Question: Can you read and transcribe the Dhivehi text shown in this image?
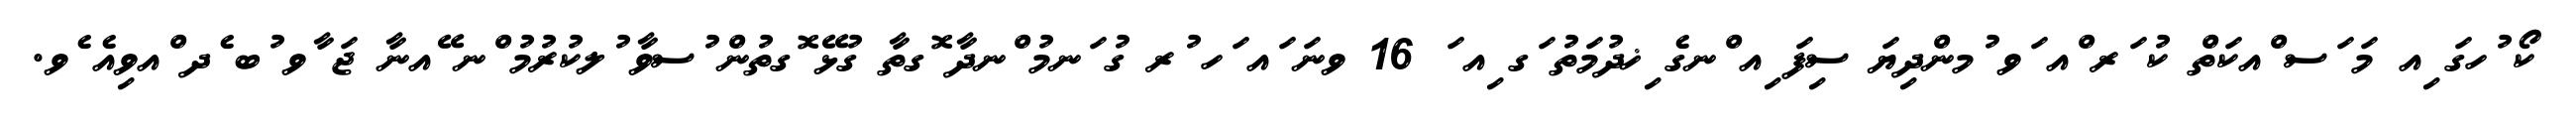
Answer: ކޯ ުހގަ ިއ މަ ަސ ްއކަތް ކު ަރ ްއ ަވ ުމންދިޔަ ސިފަ ިއ ްނގެ ިޚދުމަތު ަގ ިއ ަ 16 ވނަ ައ ަހ ުރ ގު ަނމު ްނދާ ޮގތާ ގުޅޭ ޮގތުން ުސވާ ުލކުރުމު ްނ ޭއނާ ޖަ ާވ ުބ ެދ ްއވިއެ ެވ.